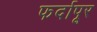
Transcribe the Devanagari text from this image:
फर्दापूर